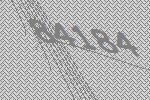
84184